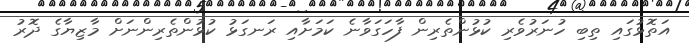
އަތޮޅުގައި ތިބި ހުނަރުވެރި ކުޅުންތެރިން ފާހަގަވާނެ ކަމަށާއި ރަނގަޅު ކުޅުންތެރިންނަށް މާޒިޔާގެ ދޮރު